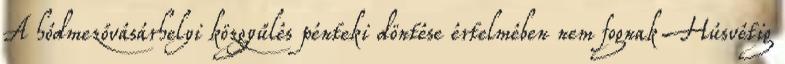
A hódmezővásárhelyi közgyűlés pénteki döntése értelmében nem fognak Húsvétig